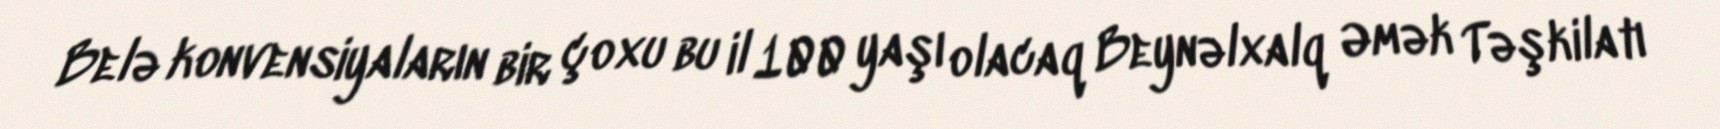
Belə konvensiyaların bir çoxu bu il 100 yaşı olacaq Beynəlxalq Əmək Təşkilatı